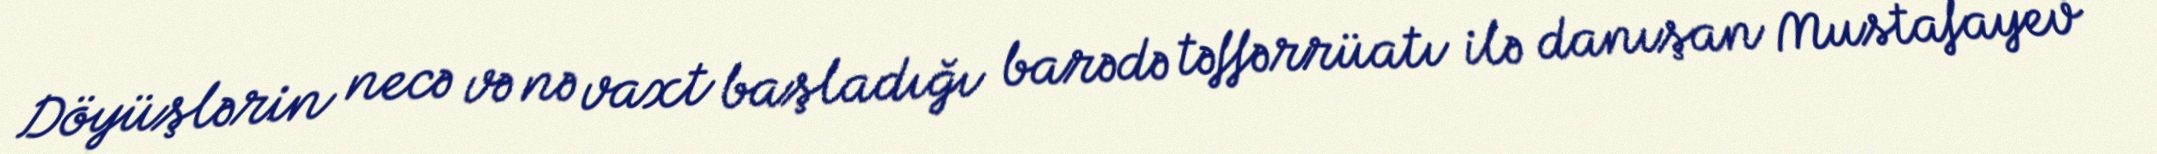
Döyüşlərin necə və nə vaxt başladığı barədə təffərrüatı ilə danışan Mustafayev